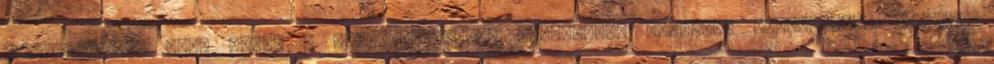
eukaliptuszos jegy pedig a csillagánizzsal találkozva kellemes meglepetést okozhat